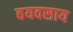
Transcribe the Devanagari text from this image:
वयवसाय